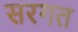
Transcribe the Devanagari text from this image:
सरगत